Production of alkali in liquid media by the Bacillus pestis - Number 33
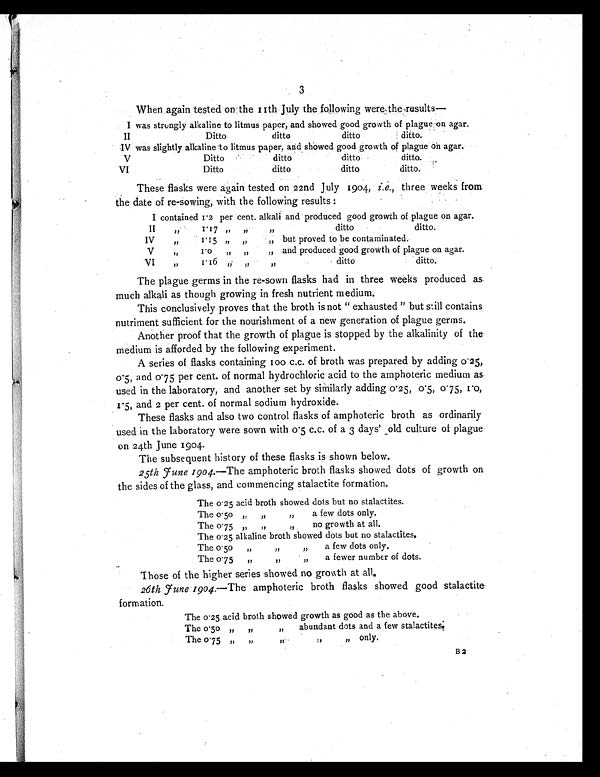
3
When again tested on the 11th July the following were the results
—
I was strongly alkaline to litmus paper, and showed good growth of plague on agar.
II
Ditto
ditto
ditto
ditto.
IV was slightly alkaline to litmus paper, and showed good growth of plague on agar.
V
Ditto
ditto
ditto
ditto.
VI
Ditto
ditto
ditto
ditto.
These flasks were again tested on 22nd July 1904, i.e., three weeks from
the date of re-sowing, with the following results
I contained 1.2 per cent. alkali and produced good growth of plague on agar.
II
”
1 . 1 7 ” ”
”
ditto
ditto.
IV
”
1 . 1 5 „
„
„ but proved to be contaminated.
V
”
1 . 0 „
„
„ and produced good growth of plague on agar.
VI
,,
1 . 1 6 ” ,,
”
ditto
ditto.
The plague germs in the re-sown flasks had in three weeks produced as
much alkali as though growing in fresh nutrient medium.
This conclusively proves that the broth is not " exhausted " but still contains
nutriment sufficient for the nourishment of a new generation of plague germs.
Another proof that the growth of plague is stopped by the alkalinity of the
medium is afforded by the following experiment.
A series of flasks containing 100 c.c. of broth was prepared by adding 0.25,
0.5, and 0.75 per cent. of normal hydrochloric acid to the amphoteric medium as
used in the laboratory, and another set by similarly adding 0. 25, 0.5, 0.75, 1.0,
1. 5, and 2 per cent. of normal sodium hydroxide.
These flasks and also two control flasks of amphoteric broth as ordinarily
used in the laboratory were sown with 0.5 c.c. of a 3 days' old culture of plague
on 24th June 1904.
The subsequent history of these flasks is shown below.
25th June 1904.—The amphoteric broth flasks showed dots of growth on
the sides of the glass, and commencing stalactite formation.
The 0.25 acid broth showed dots but no stalactites.
The 0.50
„
”
”
a few dots only.
The 0. 75 „
„
,,
no growth at all.
The 0.25 alkaline broth showed dots but no stalactites.
The 0.50
„
”
„
a few dots only.
The 0.75
„
””)
”
a fewer number of dots.
Those of the higher series showed no growth at all.
26th rune 1904.— The amphoteric broth flasks showed good stalactite
formation.
The 0.25 acid broth showed growth as good as the above.
The
0 . 5 0 „
„
„
abundant dots and a few stalactites.
The 0.75 „
„
”
”
”
only.
B2